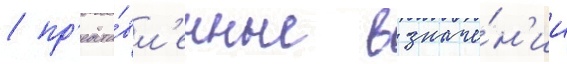
/ пр'едста́вл'енные в значе́н'ии